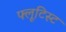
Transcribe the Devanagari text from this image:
फ्लूटिस्ट